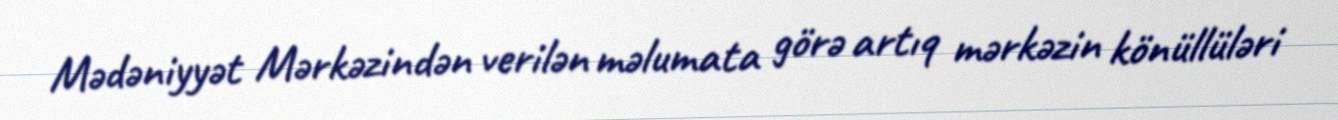
Mədəniyyət Mərkəzindən verilən məlumata görə artıq mərkəzin könüllüləri